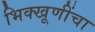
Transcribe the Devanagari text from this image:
भिक्खूणींचा